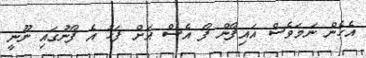
އެހެން ނަމަވެސް އައިފޯން ފޯ އެސް އަށް ފަހު އެ ފޯނުގައި ނޫނީ